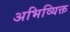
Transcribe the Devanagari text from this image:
अभिव्यिक्त